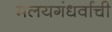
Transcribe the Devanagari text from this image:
मलयगंधर्वाची